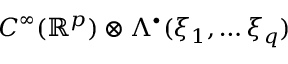
C ^ { \infty } ( \mathbb { R } ^ { p } ) \otimes \Lambda ^ { \bullet } ( \xi _ { 1 } , \dots \xi _ { q } )